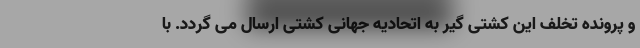
و پرونده تخلف این کشتی گیر به اتحادیه جهانی کشتی ارسال می گردد. با